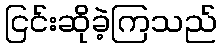
ငြင်းဆိုခဲ့ကြသည်